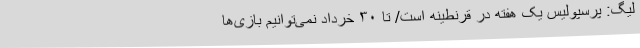
لیگ: پرسپولیس یک هفته در قرنطینه است/ تا ۳۰ خرداد نمی‌توانیم بازی‌ها